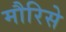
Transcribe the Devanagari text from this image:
मौरिसे